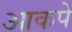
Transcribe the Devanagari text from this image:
आकपे